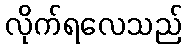
လိုက်ရလေသည်